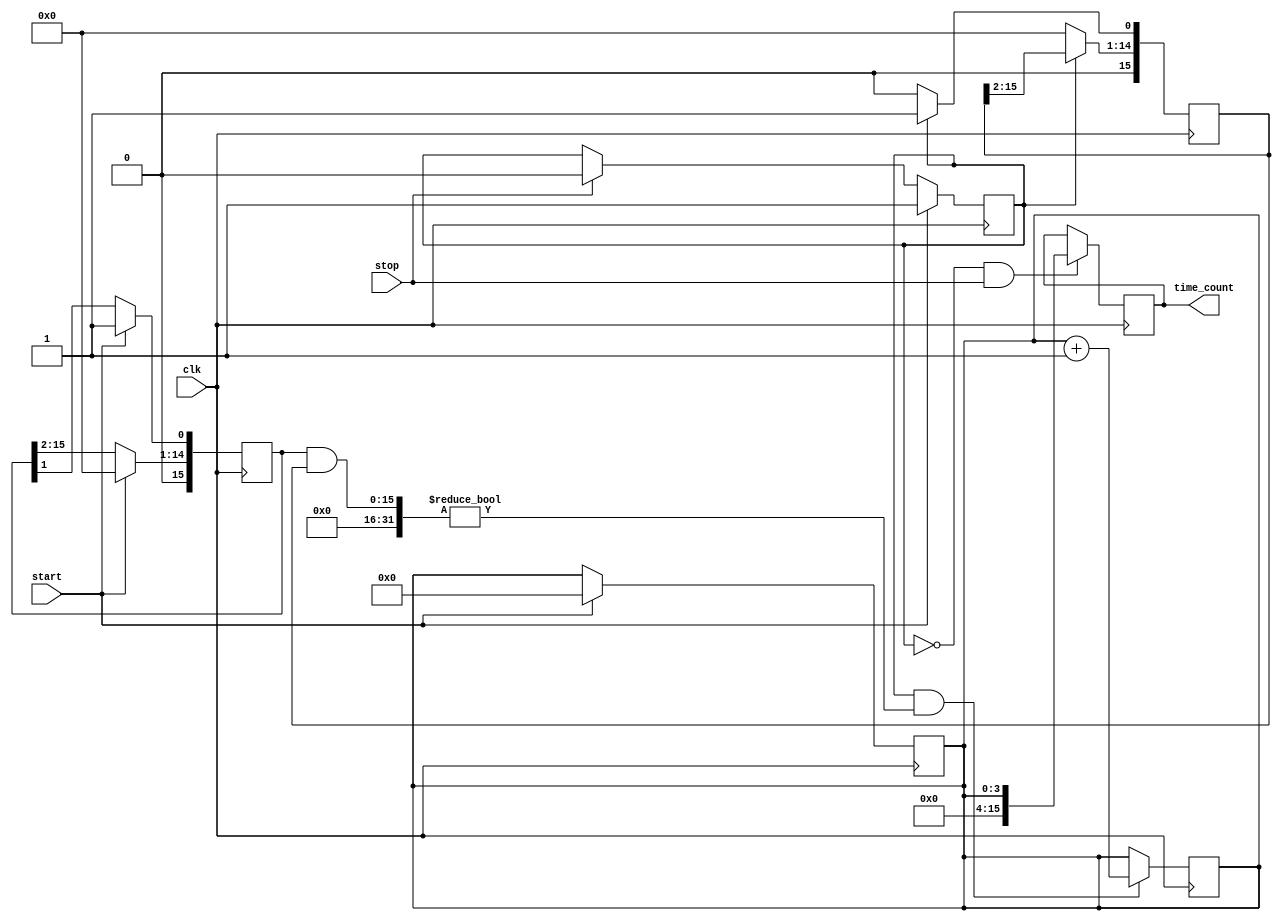
module TDC (
    input wire clk,              // System clock
    input wire start,            // Start signal
    input wire stop,             // Stop signal
    output reg [15:0] time_count // 16-bit digital output for time interval
);

    // Parameters for delay lines
    parameter DELAY_STAGES = 16; // Number of delay stages
    parameter REF_DELAY = 4;      // Fixed delay for reference line
    parameter MEAS_DELAY = 2;     // Variable delay for measuring line

    // Delay line outputs
    reg [DELAY_STAGES-1:0] ref_delay_line;
    reg [DELAY_STAGES-1:0] meas_delay_line;

    // Internal signals
    reg measuring;
    reg [3:0] counter; // Counter to count delay stages

    // Generate reference delay line
    always @(posedge clk) begin
        if (start) begin
            ref_delay_line <= {DELAY_STAGES{1'b0}};
            ref_delay_line[0] <= 1'b1; // Initialize the first stage
        end else begin
            ref_delay_line <= {1'b0, ref_delay_line[DELAY_STAGES-1:1]};
        end
    end

    // Generate measuring delay line
    always @(posedge clk) begin
        if (measuring) begin
            meas_delay_line <= {1'b0, meas_delay_line[DELAY_STAGES-1:1]};
            meas_delay_line[0] <= 1'b1; // Activate the first stage
        end else begin
            meas_delay_line <= {DELAY_STAGES{1'b0}};
        end
    end

    // Control measuring state
    always @(posedge clk) begin
        if (start) begin
            measuring <= 1'b1; // Start measuring
            counter <= 4'b0000; // Reset counter
        end else if (stop) begin
            measuring <= 1'b0; // Stop measuring
        end
    end

    // Count the number of delay stages traversed
    always @(posedge clk) begin
        if (measuring && (ref_delay_line & meas_delay_line) != 0) begin
            counter <= counter + 1; // Increment counter for each stage
        end
    end

    // Generate digital output
    always @(posedge clk) begin
        if (!measuring && stop) begin
            time_count <= {12'b0, counter}; // Output the counter value
        end
    end

endmodule